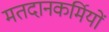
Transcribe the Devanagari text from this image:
मतदानकर्मियों